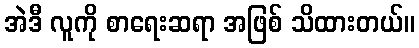
အဲဒီ လူကို စာရေးဆရာ အဖြစ် သိထားတယ်။